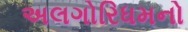
અલગોરિધમનો